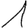
Digit: 1